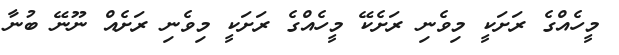
މީހެއްގެ ރަށަކީ މިވެނި ރަށެކޭ މީހެއްގެ ރަށަކީ މިވެނި ރަށެއް ނޫނޭ ބުނާ